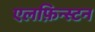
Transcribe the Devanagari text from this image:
एलफ़िन्स्टन